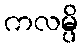
ကလမ္ပိ